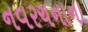
નવરચનાના